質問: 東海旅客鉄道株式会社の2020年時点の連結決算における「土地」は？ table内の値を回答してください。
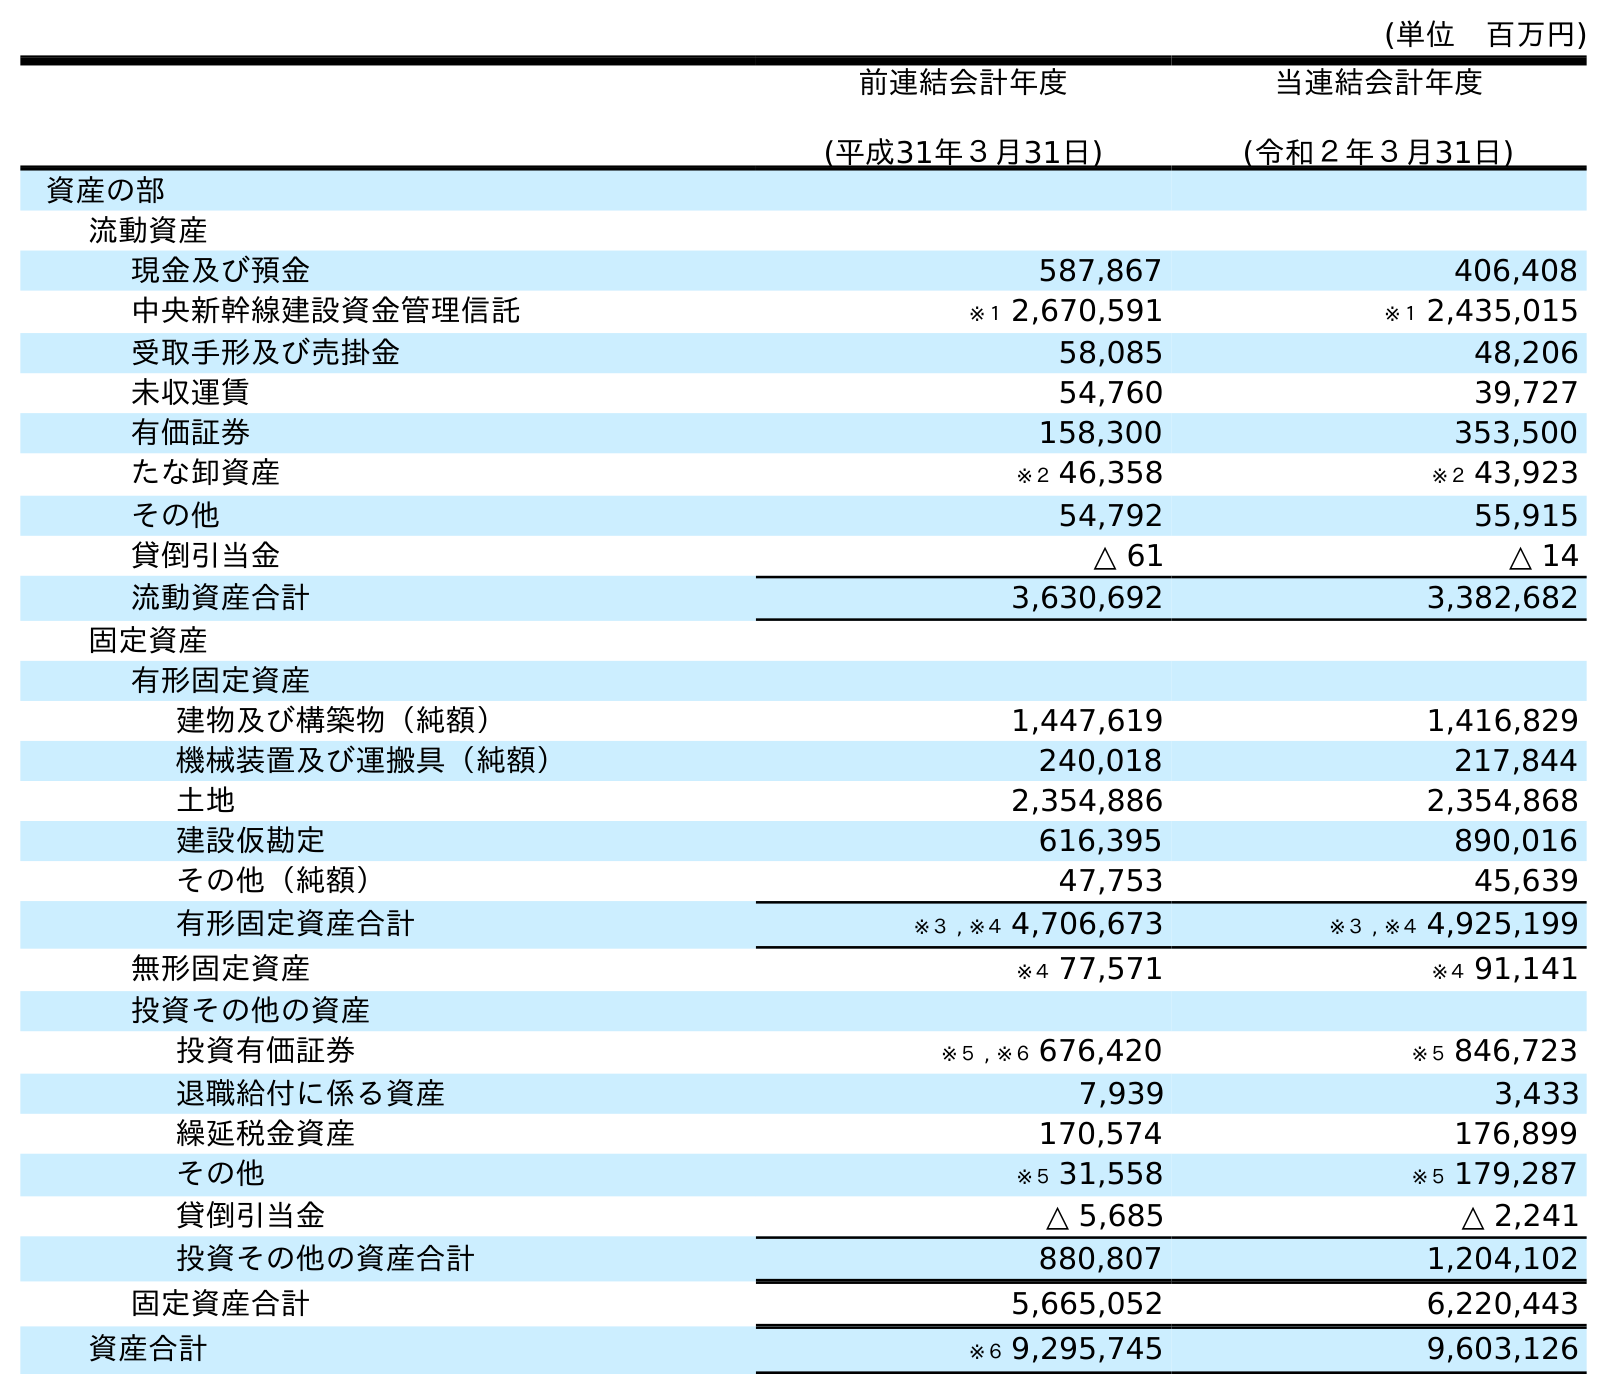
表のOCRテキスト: (単位 百万円) 前連結会計年度 (平成31年３月31日) 当連結会計年度 (令和２年３月31日) 資産の部 流動資産 現金及び預金 587,867 406,408 中央新幹線建設資金管理信託 ※１ 2,670,591 ※１ 2,435,015 受取手形及び売掛金 58,085 48,206 未収運賃 54,760 39,727 有価証券 158,300 353,500 たな卸資産 ※２ 46,358 ※２ 43,923 その他 54,792 55,915 貸倒引当金 △ 61 △ 14 流動資産合計 3,630,692 3,382,682 固定資産 有形固定資産 建物及び構築物（純額） 1,447,619 1,416,829 機械装置及び運搬具（純額） 240,018 217,844 土地 2,354,886 2,354,868 建設仮勘定 616,395 890,016 その他（純額） 47,753 45,639 有形固定資産合計 ※３ , ※４ 4,706,673 ※３ , ※４ 4,925,199 無形固定資産 ※４ 77,571 ※４ 91,141 投資その他の資産 投資有価証券 ※５ , ※６ 676,420 ※５ 846,723 退職給付に係る資産 7,939 3,433 繰延税金資産 170,574 176,899 その他 ※５ 31,558 ※５ 179,287 貸倒引当金 △ 5,685 △ 2,241 投資その他の資産合計 880,807 1,204,102 固定資産合計 5,665,052 6,220,443 資産合計 ※６ 9,295,745 9,603,126
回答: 2,354,868